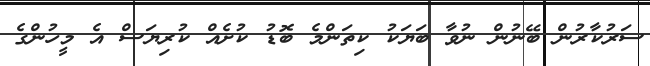
ސަރުކާރުން ބޭނުން ނުވާ ބަޔަކު ކިތަންމެ ބޮޑު ކުށެއް ކުރިޔަސް އެ މީހުންގެ